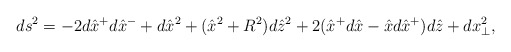
\begin{align*}ds^2=-2d\hat x^+d\hat x^- +d\hat x^2 +(\hat x^2 +R^2)d\hat z^2 +2(\hat x^+d\hat x -\hat x d\hat x^+)d\hat z +dx_{\perp}^2,\end{align*}